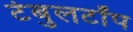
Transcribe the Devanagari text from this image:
टेबुलटॉप